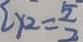
y _ { 2 } = \frac { 5 } { 2 }